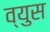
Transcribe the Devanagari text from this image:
व्युस